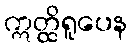
ဣတ္ထိရူပေန